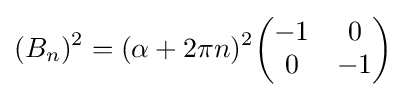
(B_{n})^{2}=(\alpha +2\pi n)^{2}{\begin{pmatrix}-1&0\\0&-1\\\end{pmatrix}}